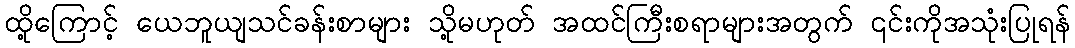
ထို့ကြောင့် ယေဘူယျသင်ခန်းစာများ သို့မဟုတ် အထင်ကြီးစရာများအတွက် ၎င်းကိုအသုံးပြုရန်